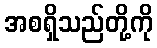
အစရှိသည်တို့ကို